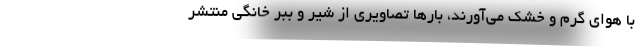
با هوای گرم و خشک می‌آورند، بارها تصاویری از شیر و ببر خانگی منتشر